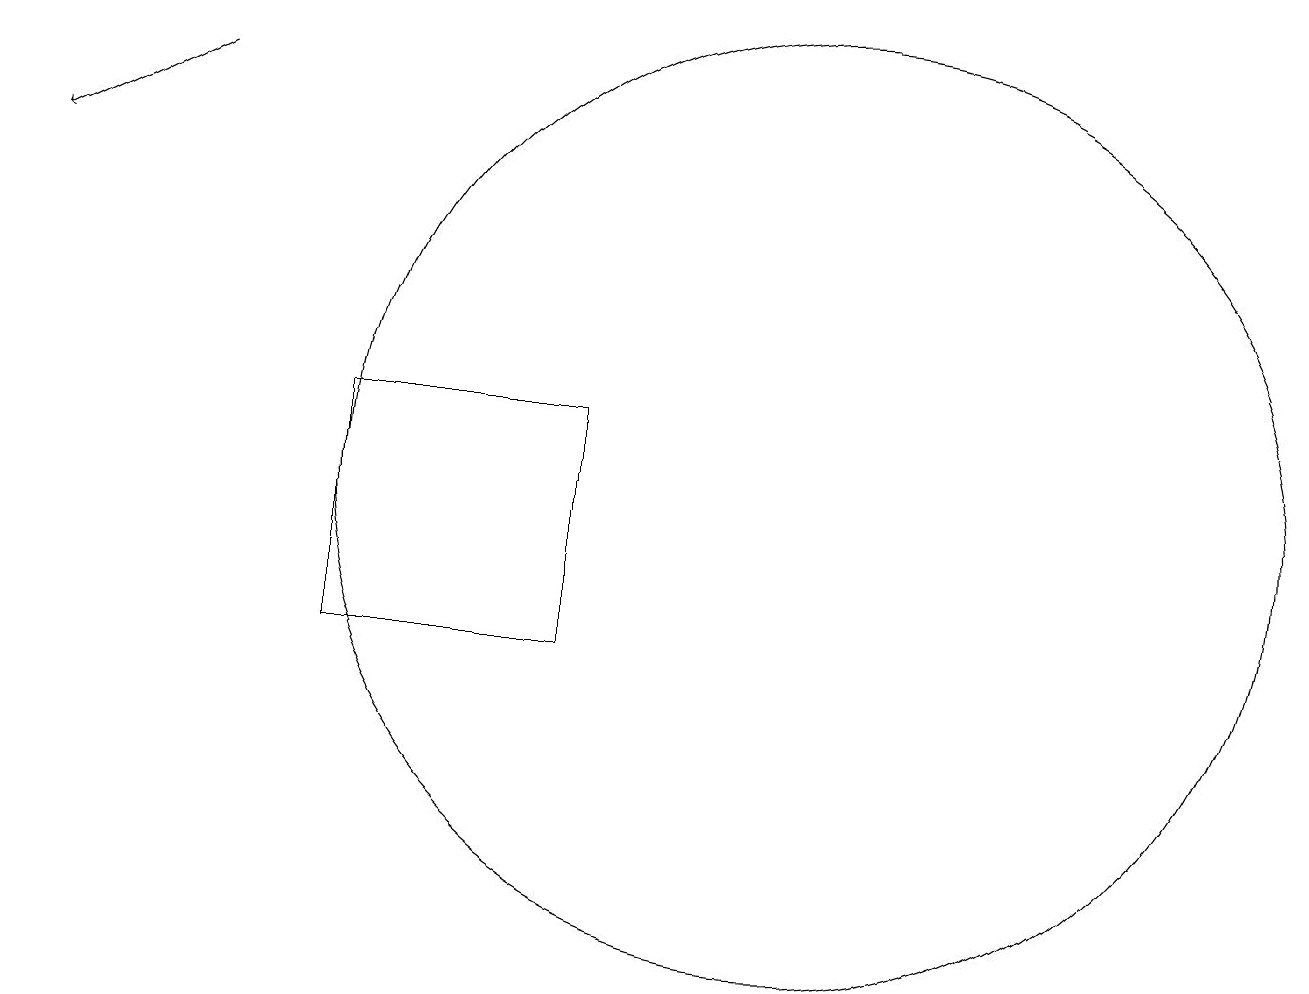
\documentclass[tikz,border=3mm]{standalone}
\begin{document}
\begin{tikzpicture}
\draw (11,12) circle (6);
\draw[->] (3,17) -- (1,16);
\draw (8,13) rectangle (5,10);
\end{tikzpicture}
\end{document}